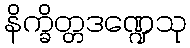
နိက္ခိတ္တဒဏ္ဍေသု